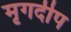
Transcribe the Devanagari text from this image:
मृगदीप